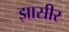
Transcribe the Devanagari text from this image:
झासीर